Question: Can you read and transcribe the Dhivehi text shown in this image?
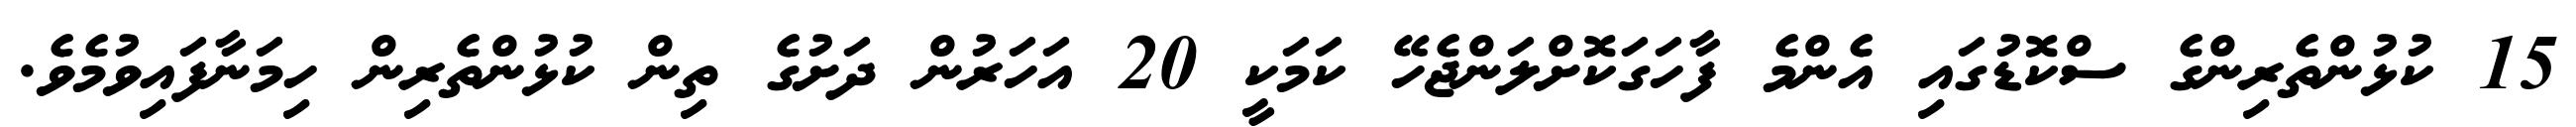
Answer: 15 ކުޅުންތެރިންގެ ސްކޮޑުގައި އެންމެ ފާހަގަކޮށްލަންޖެހޭ ކަމަކީ 20 އަހަރުން ދަށުގެ ތިން ކުޅުންތެރިން ހިމަނާފައިވުމެވެ.